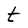
Character: t